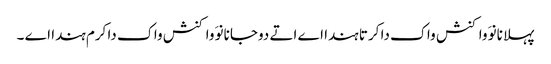
پہلا نانوَ واکنش واک دا کرتا ہندا اے اتے دوجا نانوَ واکنش واک دا کرم ہندا اے ۔